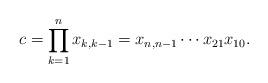
LaTeX: \begin{align*}c=\prod_{k=1}^n x_{k,k-1}=x_{n,n-1}\cdots x_{21}x_{10}.\end{align*}